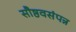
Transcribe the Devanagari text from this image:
सौष्ठवसंपन्न